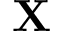
\mathbf { X }